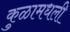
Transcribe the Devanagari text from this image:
कुळामधली